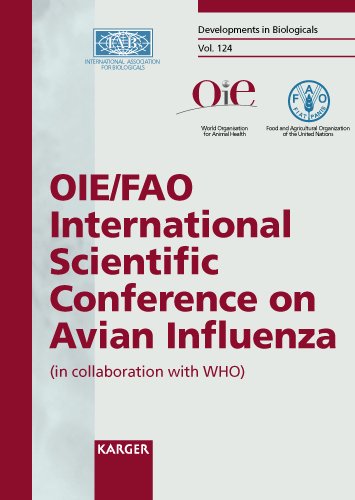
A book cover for Avian Influenza: OIE/FAO International Conference, Paris, April 2005: Proceedings (Developments in Biologicals, Vol. 124); Medical Books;